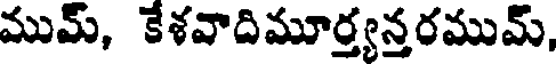
ముమ్, కేశవాదిమూర్త్యన్తరముమ్,